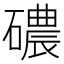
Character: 䃩